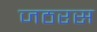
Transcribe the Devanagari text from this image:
जठरस